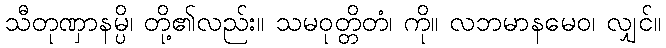
သီတုဏှာနမ္ပိ၊ တို့၏လည်း။ သမဝုတ္တိတံ၊ ကို။ လဘမာနမေဝ၊ လျှင်။